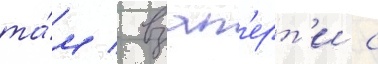
та́м / взап'ерт'и с